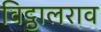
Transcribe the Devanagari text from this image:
विट्ठालराव